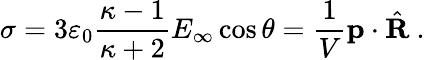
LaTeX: \sigma=3\varepsilon_{0}{\frac{\kappa-1}{\kappa+2}}E_{\infty}\cos\theta={\frac{1}{V}}\mathbf{p}\cdot{\hat{\mathbf{R}}}\ .